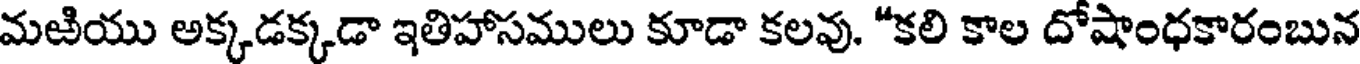
మఱియు అక్కడక్కడా ఇతిహాసములు కూడా కలవు. "కలి కాల దోషాంధకారంబున